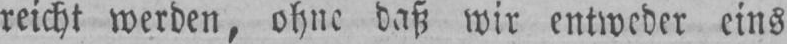
reicht werden, ohne daß wir entweder eins